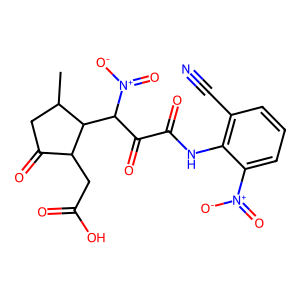
SMILES: CC1CC(=O)C(CC(=O)O)C1C(C(=O)C(=O)Nc1c(C#N)cccc1[N+](=O)[O-])[N+](=O)[O-]
Inhibits HIV replication: No